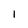
Character: 1